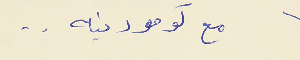
مع كومودينه . .